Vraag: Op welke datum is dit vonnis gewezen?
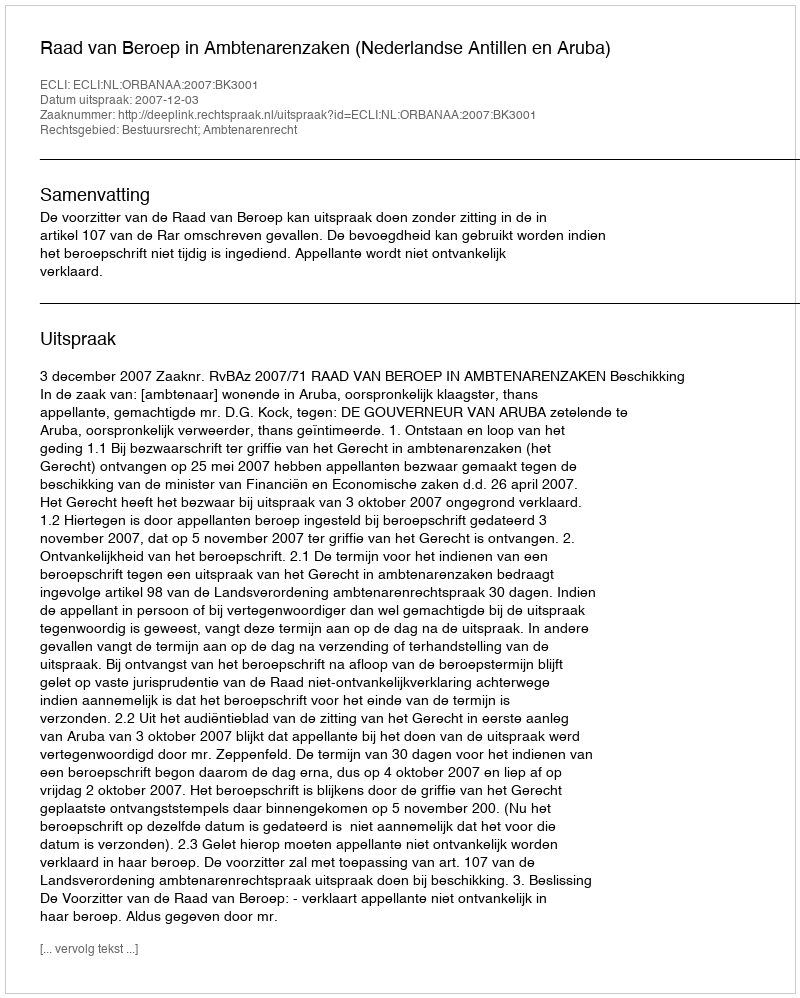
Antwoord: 2007-12-03